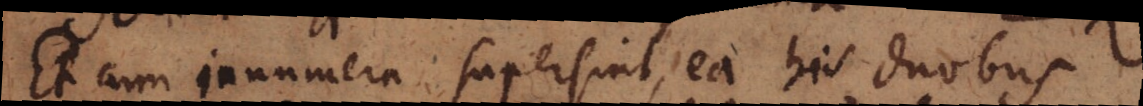
Et cum innumera supersint, ea his duobus